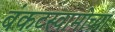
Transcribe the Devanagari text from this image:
बंकटस्वामीच्या